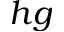
h g